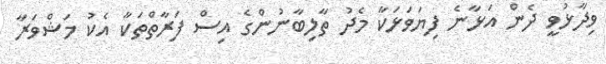
ވިދާޅުވީ ދެން އަޅާނެ ފިޔަވަޅަކާ މެދު ތާލިބާނުންގެ އިސް ފަރާތްތަކާ އެކު މަޝްވަރާ